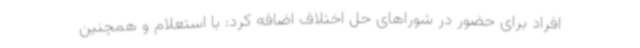
افراد برای حضور در شوراهای حل اختلاف اضافه کرد: با استعلام و همچنین